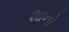
શાનો